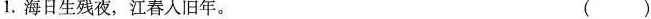
( )1.海日生残夜，江春入旧年。